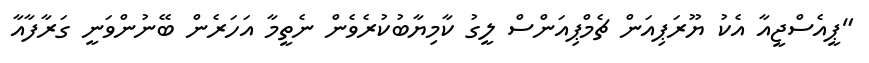
"ޕީއެސްޖީއާ އެކު ޔޫރަޕިއަން ޗެމްޕިއަންސް ލީގު ކާމިޔާބުކުރެވެން ނެތީމާ އަހަރެން ބޭނުންވަނީ ގަރާފާއާ